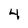
Character: 4